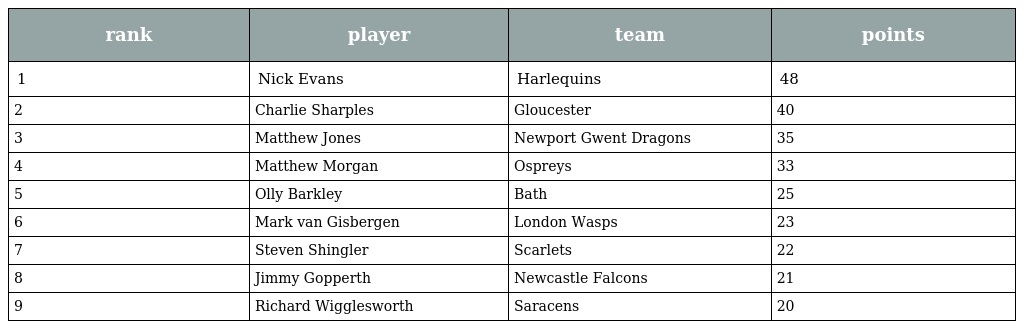
| rank | player | team | points |
 | --- | --- | --- | --- |
 | 1 | Nick Evans | Harlequins | 48 |
 | 2 | Charlie Sharples | Gloucester | 40 |
 | 3 | Matthew Jones | Newport Gwent Dragons | 35 |
 | 4 | Matthew Morgan | Ospreys | 33 |
 | 5 | Olly Barkley | Bath | 25 |
 | 6 | Mark van Gisbergen | London Wasps | 23 |
 | 7 | Steven Shingler | Scarlets | 22 |
 | 8 | Jimmy Gopperth | Newcastle Falcons | 21 |
 | 9 | Richard Wigglesworth | Saracens | 20 |